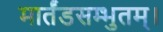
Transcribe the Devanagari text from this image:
मार्तंडसम्भुतम्।